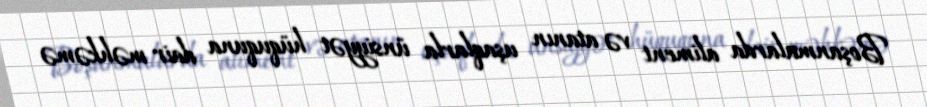
Boşanmalarda aliment və atanın uşaqlarla ünsiyyət hüququna dair məhkəmə